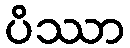
ပိဿာ